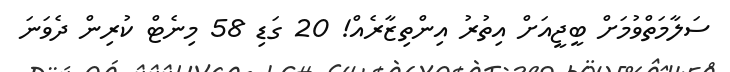
ސަލާމަތްވުމަށް ބީޖީއަށް އިތުރު އިންތިޒާރެއް! 20 ގަޑި 58 މިނެޓް ކުރިން ދެވަނަ